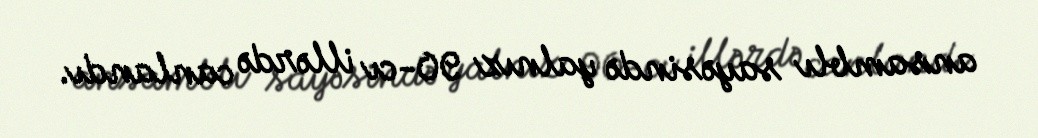
ansamblı sayəsində yalnız 90-cı illərdə canlandı.